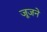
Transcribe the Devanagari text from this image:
जूजने